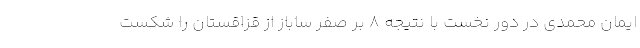
ایمان محمدی در دور نخست با نتیجه ۸ بر صفر ساباز از قزاقستان را شکست